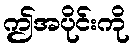
ဤအပိုင်းကို